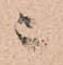
ニ